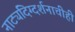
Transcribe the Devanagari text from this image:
नाट्यदिग्दर्शनाचीही